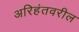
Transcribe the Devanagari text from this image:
अरिहंतवरील